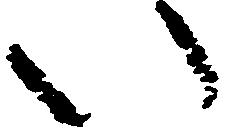
い